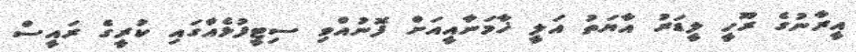
އީރާނުގެ ރޫހީ ލީޑަރު އާޔަތު އަލީ ޚާމަނާއީއަށް ފޮނުއްވި ސިޓީފުޅެއްގައި ކުރީގެ ރައީސް